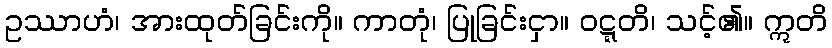
ဥဿာဟံ၊ အားထုတ်ခြင်းကို။ ကာတုံ၊ ပြုခြင်းငှာ။ ဝဋ္ဋတိ၊ သင့်၏။ ဣတိ